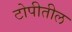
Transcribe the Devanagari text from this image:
टोपीतील